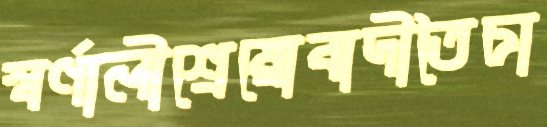
স্বর্ণালীশ্রেয়োবাদীতৈচা